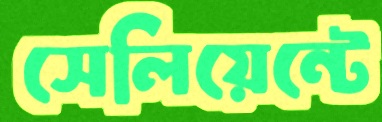
সেলিয়েন্টে